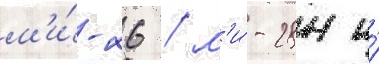
м'и́-26 / м'и́-28н и́